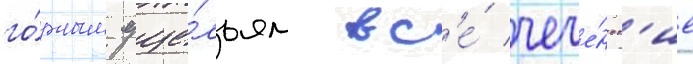
го́рным уще́льям вс'е́ чече́нск'ие